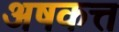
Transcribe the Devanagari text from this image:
अषकत्त